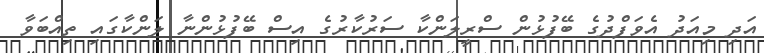
އަދި މިއަދު އެވަފްދުގެ ބޭފުޅުން ސްރީލަންކާ ސަރުކާރުގެ އިސް ބޭފުޅުންނާ ލަންކާގައި ތިއްބަވާ